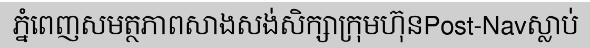
ភ្នំពេញសមត្ថភាពសាងសង់សិក្សាក្រុមហ៊ុនPost-Navស្លាប់